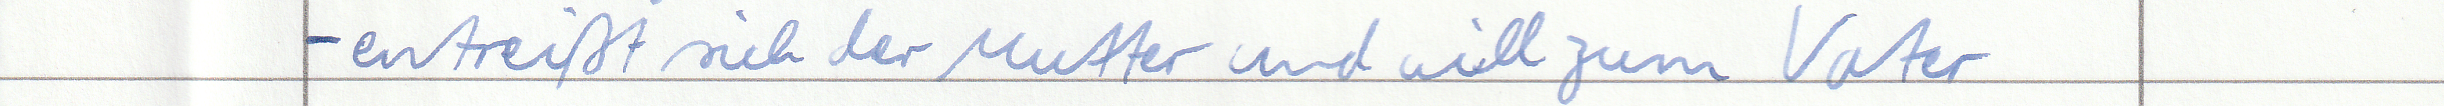
- entreißt sich der Mutter und will zum Vater